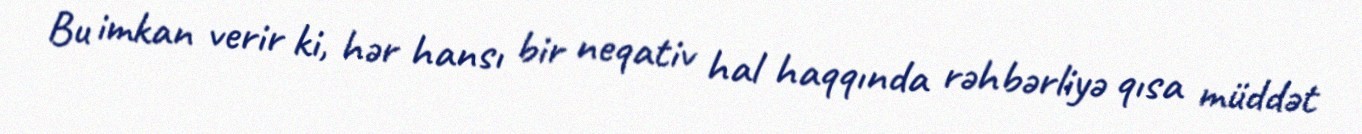
Bu imkan verir ki, hər hansı bir neqativ hal haqqında rəhbərliyə qısa müddət